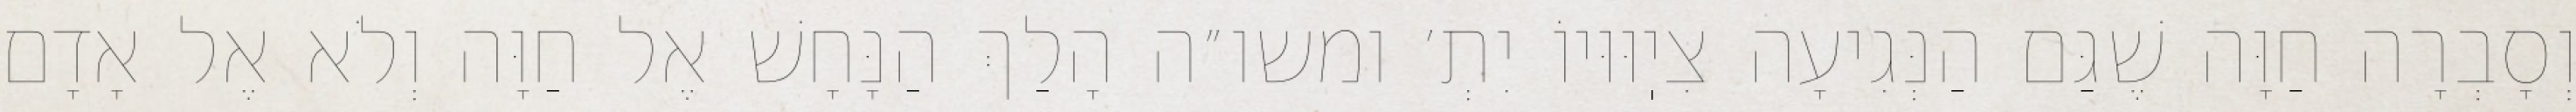
וְסָבְרָה חַוָּה שֶׁגַּם הַנְּגִיעָה צִיֽוּוּיוֹ יִתְ׳ ומשו״ה הָלַךְ הַנָּחָשׁ אֶל חַוָּה וְלֹא אֶל אָדָם